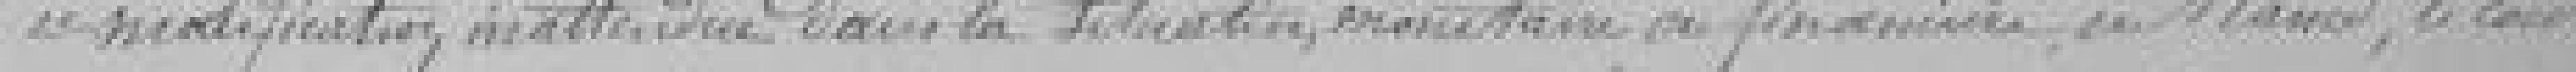
modification, inattendue dans la situation monétaire ou financière en France, le cours